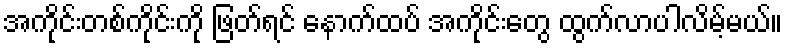
အကိုင်းတစ်ကိုင်းကို ဖြတ်ရင် နောက်ထပ် အကိုင်းတွေ ထွက်လာပါလိမ့်မယ်။